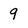
Character: 9